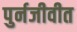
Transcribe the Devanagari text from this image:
पुर्नजीवीत